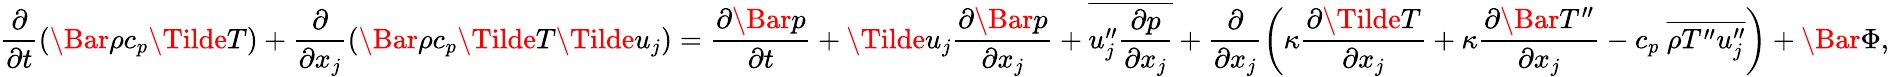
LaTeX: \frac{\partial}{\partial t}(\Bar{\rho}c_{p}\Tilde{T})+\frac{\partial}{\partial x_{j}}(\Bar{\rho}c_{p}\Tilde{T}\Tilde{u}_{j})=\frac{\partial\Bar{p}}{\partial t}+\Tilde{u}_{j}\frac{\partial\Bar{p}}{\partial x_{j}}+\overline{{u_{j}^{\prime\prime}\frac{\partial p}{\partial x_{j}}}}+\frac{\partial}{\partial x_{j}}\left(\kappa\frac{\partial\Tilde{T}}{\partial x_{j}}+\kappa\frac{\partial\Bar{T^{\prime\prime}}}{\partial x_{j}}-c_{p}~\overline{{\rho T^{\prime\prime}u_{j}^{\prime\prime}}}\right)+\Bar{\Phi},